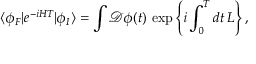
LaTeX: \langle \phi _ { F } | e ^ { - i H T } | \phi _ { I } \rangle = \int { \mathcal { D } } \phi ( t ) \, \exp \left\{ i \int _ { 0 } ^ { T } d t \, L \right\} ,